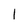
Character: 1